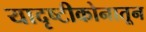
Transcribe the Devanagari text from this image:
यादृष्टीकोनातून